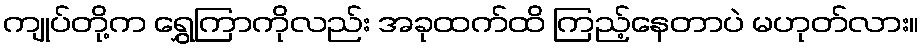
ကျုပ်တို့က ရွှေကြာကိုလည်း အခုထက်ထိ ကြည့်နေတာပဲ မဟုတ်လား။